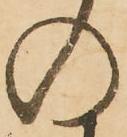
の